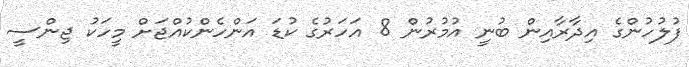
ފުލުހުންގެ އިދާރާއިން ބުނީ އުމުރުން 8 އަހަރުގެ ކުޑަ އަންހެންކުއްޖަށް މީހަކު ޖިންސީ